Observations on rabies - Number 36
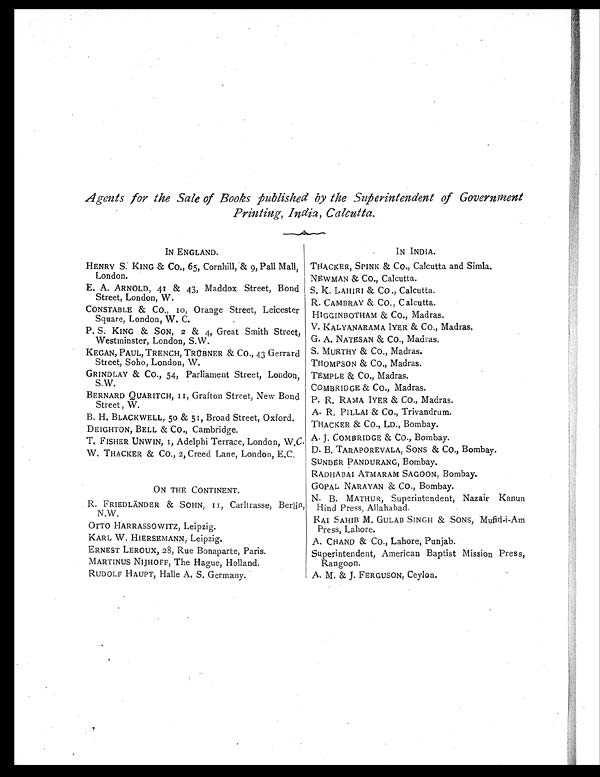
Agents for the Sale of Books Published by the Superintendent of Government
Printing, India, Calcutta.
IN ENGLAND.
HENRY S: KING & Co., 65, Cornhill, & 9, Pall Mall,
London.
E. A. ARNOLD, 41 & 43, Maddox Street, Bond
Street, London, W.
CONSTABLE & Co. 10 , Orange Street, Leicester
Square, London, W. C.
P. S. KING & SON, 2 & 4, Great Smith Street,
Westminster, London, S.W.
KEGAN, PAUL, TRENCH, TRÜBNER & Co., 43 Gerrard
Street, Soho, London, W.
GRINDLAY & Co., 54, Parliament Street, London,
S. W.
BERNARD QUARITCH, 11, Grafton Street, New Bond
Street , W.
B. H. BLACKWELL, 50 & 51, Broad Street, Oxford.
DEIGHTON, BELL & Co., Cambridge.
T. FISHER UNWIN, 1, Adelphi Terrace, London, W.C.
W. THACKER & Co., 2, Creed Lane, London, E.C.
ON THE CONTINENT.
R. FRIEDLÄNDER & SOHN,11, Carltrasse, Berlin,
N.W.
OTTO HARRASSOWITZ, Leipzig.
KARL W. HIERSEMANN, Leipzig.
ERNEST LEROUX, 28, Rue Bonaparte, Paris.
MARTINUS NIJHOFF, The Hague, Holland.
RUDOLF HAUPT, Halle A. S. Germany.
IN INDIA.
TRACKER, SPINK & Co., Calcutta and Simla.
NEWMAN & Co., Calcutta.
S. K. LAHIRI & Co., Calcutta.
R. CAMBRAY & Co., Calcutta.
HIGGINBOTHAM & Co., Madras.
V. KALYANARAMA IYER & Co., Madras.
G. A. NATESAN & Co., Madras.
S. MURTHY & Co., Madras.
THOMPSON & Co., Madras.
TEMPLE & Co., Madras.
COMBRIDGE & Co., Madras.
P. R. RAMA IYER & Co., Madras.
A. R. PILLAI & Co., Trivandrum.
THACKER & Co., LD., Bombay.
A. J. COMBRIDGE & Co., Bombay.
D. B. TARAPOREVALA, SONS & Co., Bombay,
SUNDER PANDURANG, Bombay.
RADHABAI ATMARAM SAGOON, Bombay.
GOPAL NARAYAN & Co., Bombay.
N. B. MATHUR, Superintendent, Nazair Kanun
Hind Press, Allahabad.
RAI SAHIB M. GULAB SINGH & SONS, Mufid-i-Am
Press, Lahore.
A. CHAND & Co., Lahore, Punjab.
Superintendent, American Baptist Mission Press,
Rangoon.
A. M. & J. FERGUSON, Ceylon.